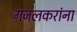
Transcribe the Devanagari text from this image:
गजलकरांना